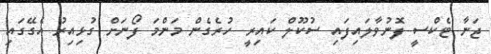
ޖަނާ ޓެކްސީ ފޮނުވާލައިފައި ސުކޫލް ކައިރީ ހުރެގެން މަންމަ ފޯނަށް ގުޅިއިރު އެގޭގައި